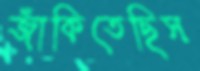
জাঁকিতেছিস